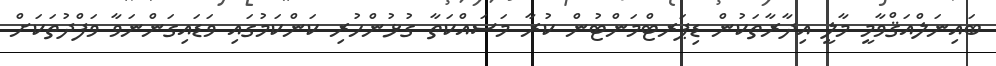
ބައިނަލްއަޤްވާމީ މާލީ އިދާރާތަކުން ޑިޕަރޓްމަންޓުން ކުރާ މަސައްކަތާ ގުޅުންހުރި ކަންކަމުގައި ވަޑައިގަންނަވާ ވަފްދުތަކަށް